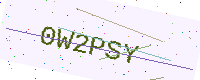
Text: 0W2PSY